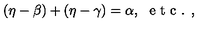
( \eta - \beta ) + ( \eta - \gamma ) = \alpha , \ \textrm { e t c . , }